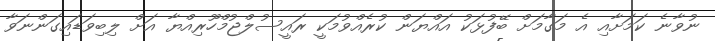
ނުވާނެ ކަމަށާއި އެ މަގާމަށް ބޭފުޅަކު އައްޔަން ކުރެއްވުމަކީ ރައީސުލްޖުމްހޫރިއްޔާ އަށް ލިބިވަޑައިގަންނަވާ